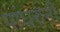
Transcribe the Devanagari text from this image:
पांघरुनी